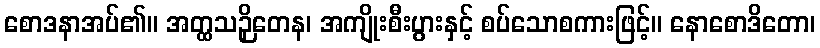
စောဒနာအပ်၏။ အတ္ထသဉှိတေန၊ အကျိုးစီးပွားနှင့် စပ်သောစကားဖြင့်။ နောစောဒိတော၊